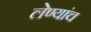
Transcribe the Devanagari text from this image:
लेण्यांच